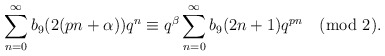
\begin{align*}\sum_{n=0}^{\infty}b_{9}(2(pn+\alpha))q^n\equiv q^{\beta}\sum_{n=0}^{\infty}b_{9}(2n+1)q^{pn}\pmod 2.\end{align*}